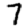
Digit: 7